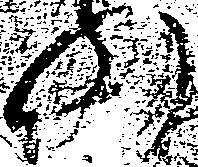
の